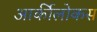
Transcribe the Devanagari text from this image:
आर्कीलोकस